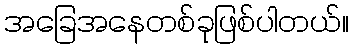
အခြေအနေတစ်ခုဖြစ်ပါတယ်။